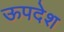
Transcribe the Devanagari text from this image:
ऊपदेश